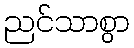
ညင်သာစွာ